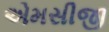
એમસીજી